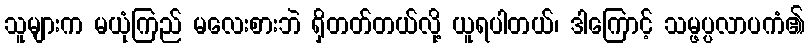
သူများက မယုံကြည် မလေးစားဘဲ ရှိတတ်တယ်လို့ ယူရပါတယ်၊ ဒါကြောင့် သမ္ဖပ္ပလာပကံ၏